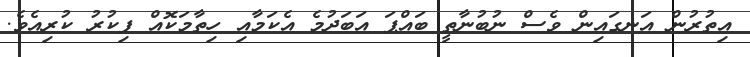
އިތުރުން އަނގައިން ވެސް ނުބުނާތީ ބައްޕަ އަބަދުމެ އެކަމާއި ހިތާމަކޮއް ފިކުރު ކުރިއެވެ.